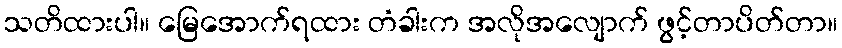
သတိထားပါ။ မြေအောက်ရထား တံခါးက အလိုအလျောက် ဖွင့်တာပိတ်တာ။